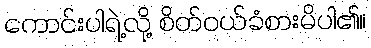
ကောင်းပါရဲ့လို့ စိတ်ဝယ်ခံစားမိပါ၏။